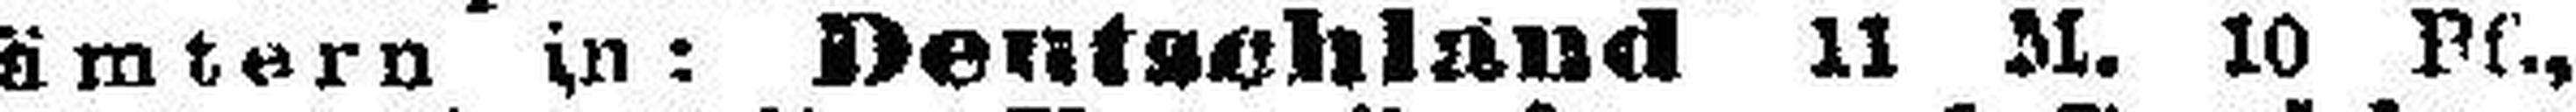
ämtern in: Deutschland 11 M. 10 Pf.,